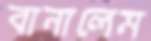
বানালেম